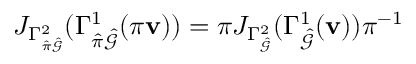
J _ { \Gamma _ { \hat { \pi } \hat { \mathcal { G } } } ^ { 2 } } ( \Gamma _ { \hat { \pi } \hat { \mathcal { G } } } ^ { 1 } ( \pi \mathbf { v } ) ) = \boldsymbol { \pi } J _ { \Gamma _ { \hat { \mathcal { G } } } ^ { 2 } } ( \Gamma _ { \hat { \mathcal { G } } } ^ { 1 } ( \mathbf { v } ) ) \boldsymbol { \pi } ^ { - 1 }